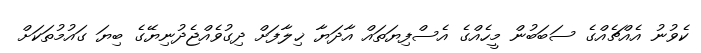
ކެވުނު އެއްޗެއްގެ ސަބަބުން މީހެއްގެ އެސްފިޔަތައް އާދަޔާ ޚިލާފަށް ދިގުވެއްޖެދުނިޔޭގެ ބިޔަ ގައުމުތަކަށް